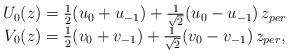
LaTeX: \begin{align*}\begin{array}{c}U_0(z)=\frac 12(u_0+u_{-1})+\frac 1{\sqrt{2}}(u_0-u_{-1})\,z_{per} \\V_0(z)=\frac 12(v_0+v_{-1})+\frac 1{\sqrt{2}}(v_0-v_{-1})\,z_{per},\end{array}\end{align*}